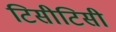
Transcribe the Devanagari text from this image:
टिसीटिसी